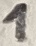
Text: 1